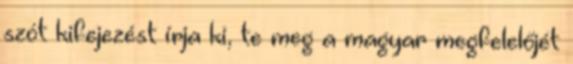
szót kifejezést írja ki, te meg a magyar megfelelőjét